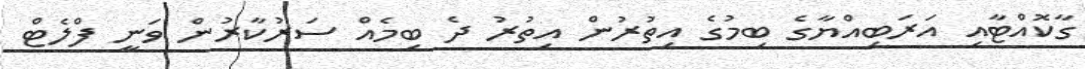
ގާކޮއްޓާއި އަރަބިއްޔާގެ ބިމުގެ އިތުރުން އިތުރު ދެ ބިމެއް ސަރުކާރުން ވަނީ ފްލެޓް